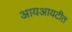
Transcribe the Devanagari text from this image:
आयआयटीत